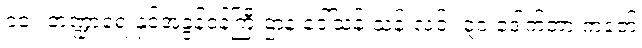
၁၁။ ဘဏ္ဍာရေးနှင့်အခွန်ဝန်ကြီးဌာန ဒေါ်သန်းသန်းလင်း ၃၁ ဒေါက်တာ ကံဇော်